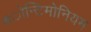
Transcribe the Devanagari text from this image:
ॲोन्टिमोनियम